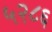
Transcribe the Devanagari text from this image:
५२८६